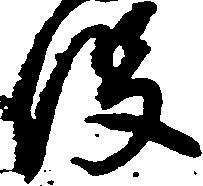
役